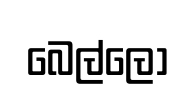
බෙල්ලෝ